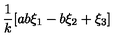
\frac { 1 } { k } [ a b \xi _ { 1 } - b \xi _ { 2 } + \xi _ { 3 } ]